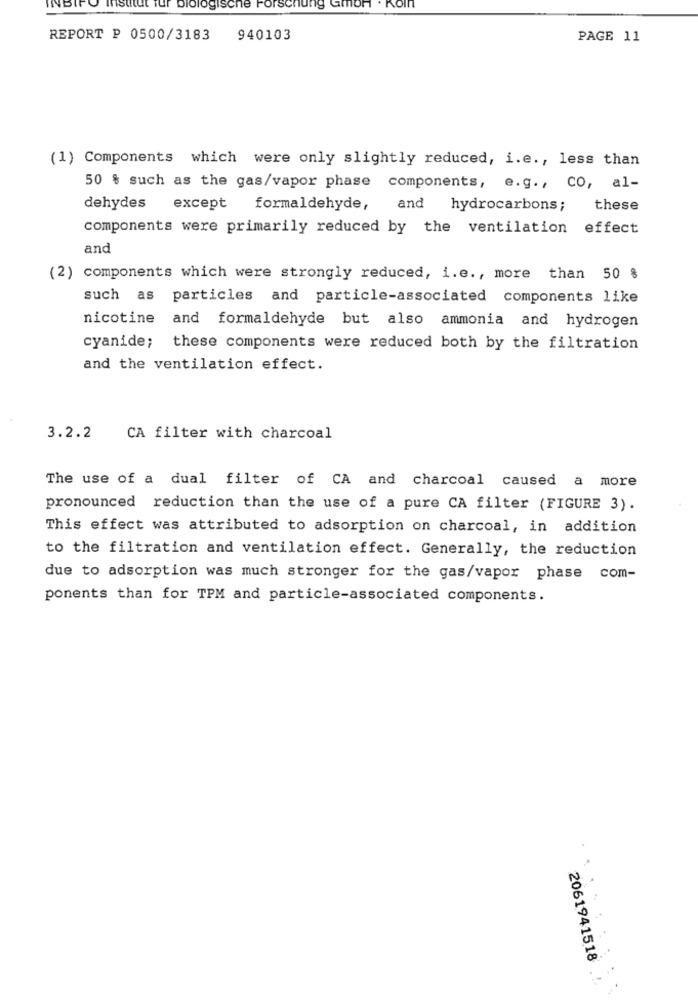
NBIF
institut fur biologische Forschung Gmbh . Koln
REPORT P 0500/3183
940103
PAGE 11
(1) Components which were only slightly reduced, i.e ., less than
50 % such as the gas/vapor phase components, e.g ., CO, al-
dehydes except
formaldehyde,
and hydrocarbons; these
components were primarily reduced by the ventilation effect
and
(2) components which were strongly reduced, i.e ., more than 50 %
such as particles and particle-associated components like
nicotine and formaldehyde but also ammonia and hydrogen
cyanide; these components were reduced both by the filtration
and the ventilation effect.
3.2.2
CA filter with charcoal
The use of a dual filter of CA and charcoal caused a more
pronounced reduction than the use of a pure CA filter (FIGURE 3).
This effect was attributed to adsorption on charcoal, in addition
to the filtration and ventilation effect. Generally, the reduction
due to adsorption was much stronger for the gas/vapor phase com-
ponents than for TPM and particle-associated components.
2061941518